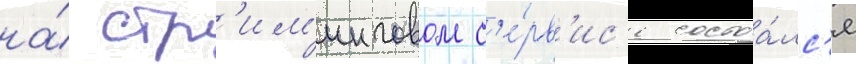
на́ стр'им'инговом с'е́рв'ис'е состоа́лс'я